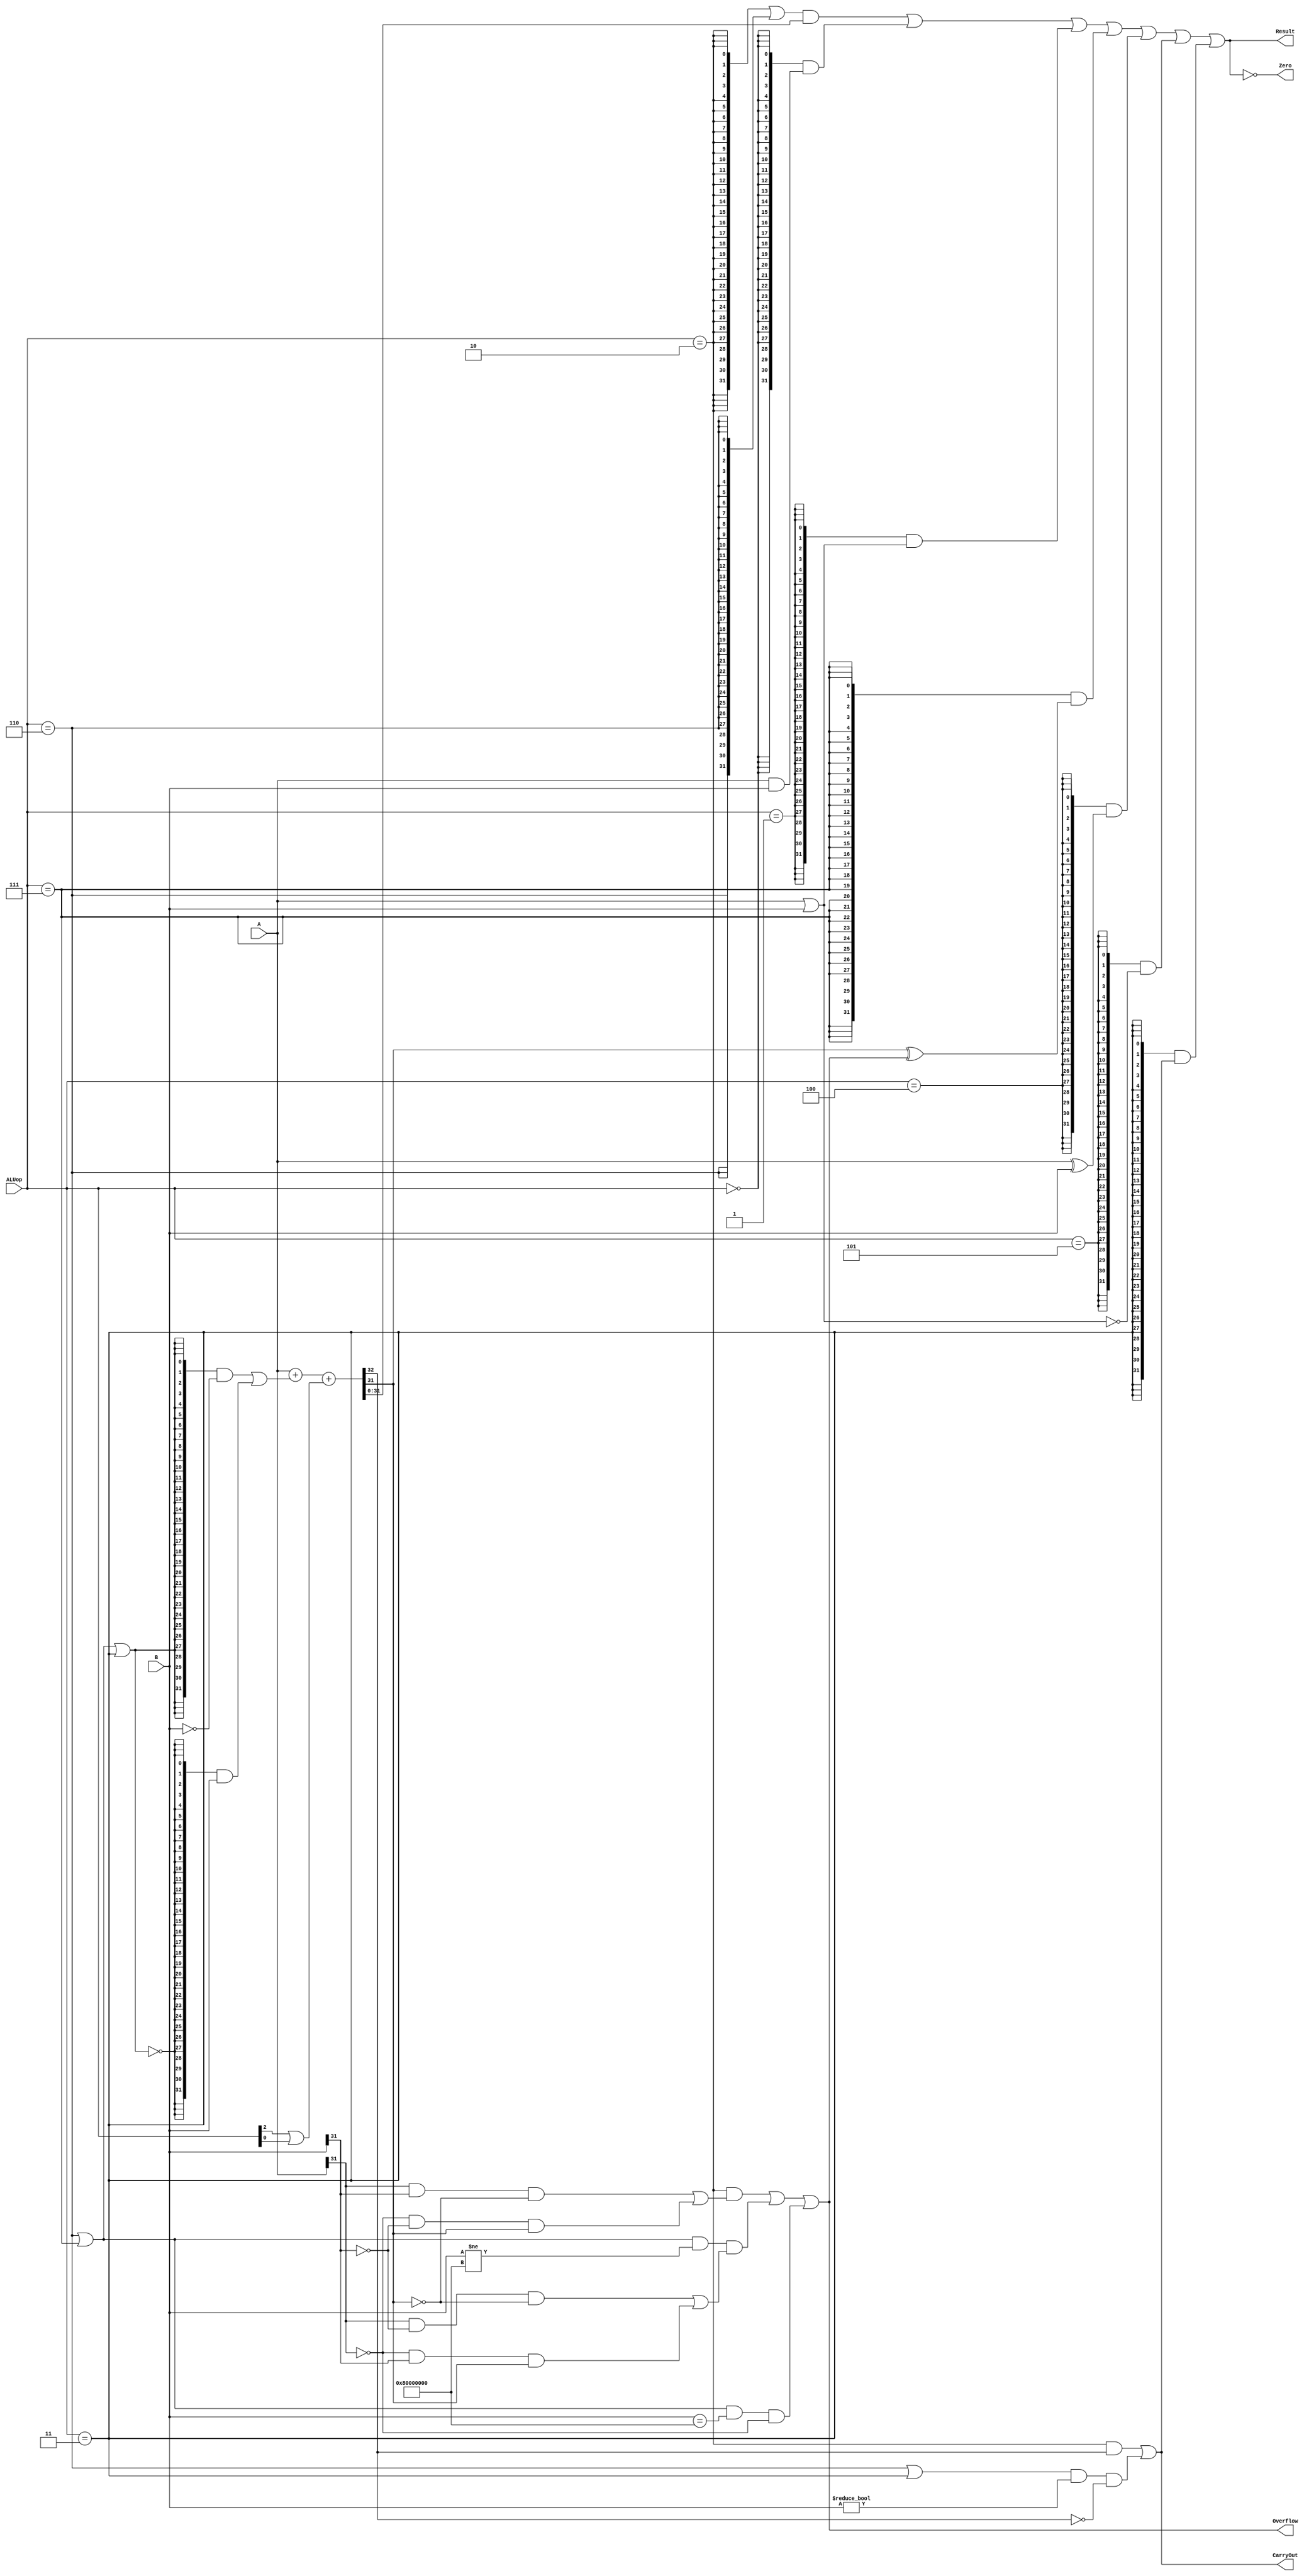
`timescale 10 ns / 1 ns

`define DATA_WIDTH 32

module alu(
	input  [`DATA_WIDTH - 1:0]  A,
	input  [`DATA_WIDTH - 1:0]  B,
	input  [              2:0]  ALUop,
	output                      Overflow,
	output                      CarryOut,
	output                      Zero,
	output [`DATA_WIDTH - 1:0]  Result
);
	// TODO: Please add your logic design here
	wire AND,OR,ADD,SUB,SLT,XOR,NOR,SLTU;		//
	wire [`DATA_WIDTH - 1:0] re_ADDSUB;	///
	wire [`DATA_WIDTH - 1:0] re_SLT;	//
	wire re_CarryOut;	//
	wire [`DATA_WIDTH - 1:0] re_SLUT;		//

	//ALUop
	assign AND = (ALUop == 3'b000);			
	assign OR = (ALUop == 3'b001);
	assign ADD = (ALUop == 3'b010);
	assign SUB = (ALUop == 3'b110);
	assign SLT = (ALUop == 3'b111);
	assign XOR = (ALUop == 3'b100);
	assign NOR = (ALUop == 3'b101);
	assign SLTU = (ALUop == 3'b011);

	///
	assign {re_CarryOut,re_ADDSUB} = {1'b0, A} + {1'b0, ({32{(SUB | SLT | SLTU)}} & ~B) | 
					 ({32{~(SUB | SLT | SLTU)}} & B)} + {31'b0, (ALUop[2] | ALUop[0])};		
	//A>=BA<B	
	assign re_SLT = {31'b0,(re_ADDSUB[31] ^ Overflow)};	
	//10
	assign re_SLUT = {31'b0,CarryOut};
	/*
	**CarryOutB00
	**OverflowAB0
	**Result
	**ZeroResult0Zero10
	*/
	assign CarryOut = (ADD & re_CarryOut) | ((SUB | SLTU) & (B!=32'b0) & ~re_CarryOut);
	assign Overflow = (ADD & (((A[31] & B[31]) & ~re_ADDSUB[31]) | 
			  ((~A[31] & ~B[31]) & re_ADDSUB[31]))) |
			  (((SUB | SLT) & (B != 32'h80000000)) & (((A[31] & ~B[31]) & ~re_ADDSUB[31]) | 
			  ((~A[31] & B[31]) & re_ADDSUB[31]))) |
			  (((SUB | SLT) & (B == 32'h80000000)) & ~A[31]);
	assign Result = (({32{ADD}} | {32{SUB}}) & re_ADDSUB) | ({32{AND}} & (A & B)) | 
			({32{OR}} & (A | B)) | ({32{SLT}} & re_SLT) | ({32{XOR}} & (A ^ B)) |
			({32{NOR}} & ~(A | B)) | ({32{SLTU}} & (re_SLUT));
	assign Zero = ((Result == 32'b0) & 1) | (!(Result == 32'b0) & 0);
endmodule